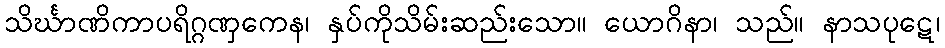
သိင်္ဃာဏိကာပရိဂ္ဂဏှကေန၊ နှပ်ကိုသိမ်းဆည်းသော။ ယောဂိနာ၊ သည်။ နာသပုဋေ၊